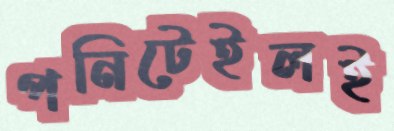
পনিটেইলই